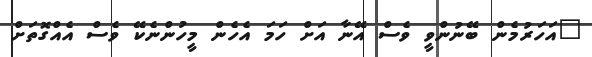
"އަހަރުމެން ބޭނުންވީ ވެސް އޭނާ އަށް ހަމަ އެހެން މީހުންނެކޭ ވެސް އެއްގޮތަށް